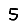
Digit: 5